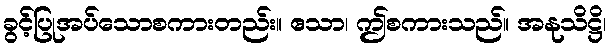
ခွင့်ပြုအပ်သောစကားတည်း။ ဧသာ၊ ဤစကားသည်။ အနုသိဋ္ဌိ၊